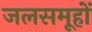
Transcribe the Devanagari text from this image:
जलसमूहों